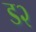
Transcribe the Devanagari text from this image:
ड२